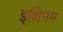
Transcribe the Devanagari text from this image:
इशिमम